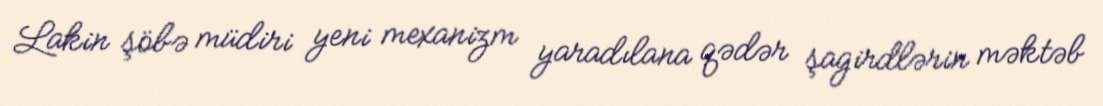
Lakin şöbə müdiri yeni mexanizm yaradılana qədər şagirdlərin məktəb